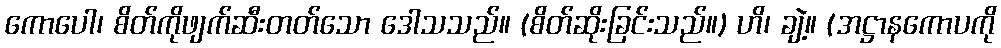
ကောပေါ၊ စိတ်ကိုဖျက်ဆီးတတ်သော ဒေါသသည်။ (စိတ်ဆိုးခြင်းသည်။) ဟိ၊ ချဲ့။ (အဋ္ဌာနကောပကို